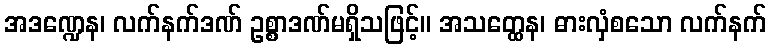
အဒဏ္ဍေန၊ လက်နက်ဒဏ် ဥစ္စာဒဏ်မရှိသဖြင့်။ အသတ္ထေန၊ ဓားလှံစသော လက်နက်